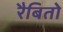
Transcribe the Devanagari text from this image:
रैबितो